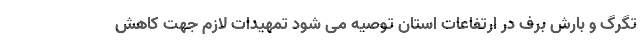
تگرگ و بارش برف در ارتفاعات استان توصیه می شود تمهیدات لازم جهت کاهش